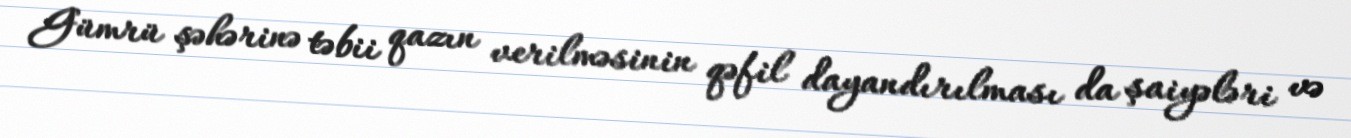
Gümrü şəhərinə təbii qazın verilməsinin qəfil dayandırılması da şaiyələri və